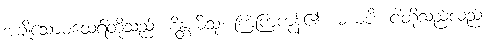
အချို့သောမထေရ်တို့သည်။ စိန္တယိံသု၊ ကြံကြကုန်၏။ မယံပိ၊ ငါတို့သည်လည်း။